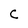
Character: C